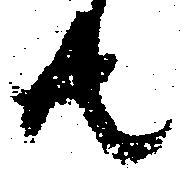
共